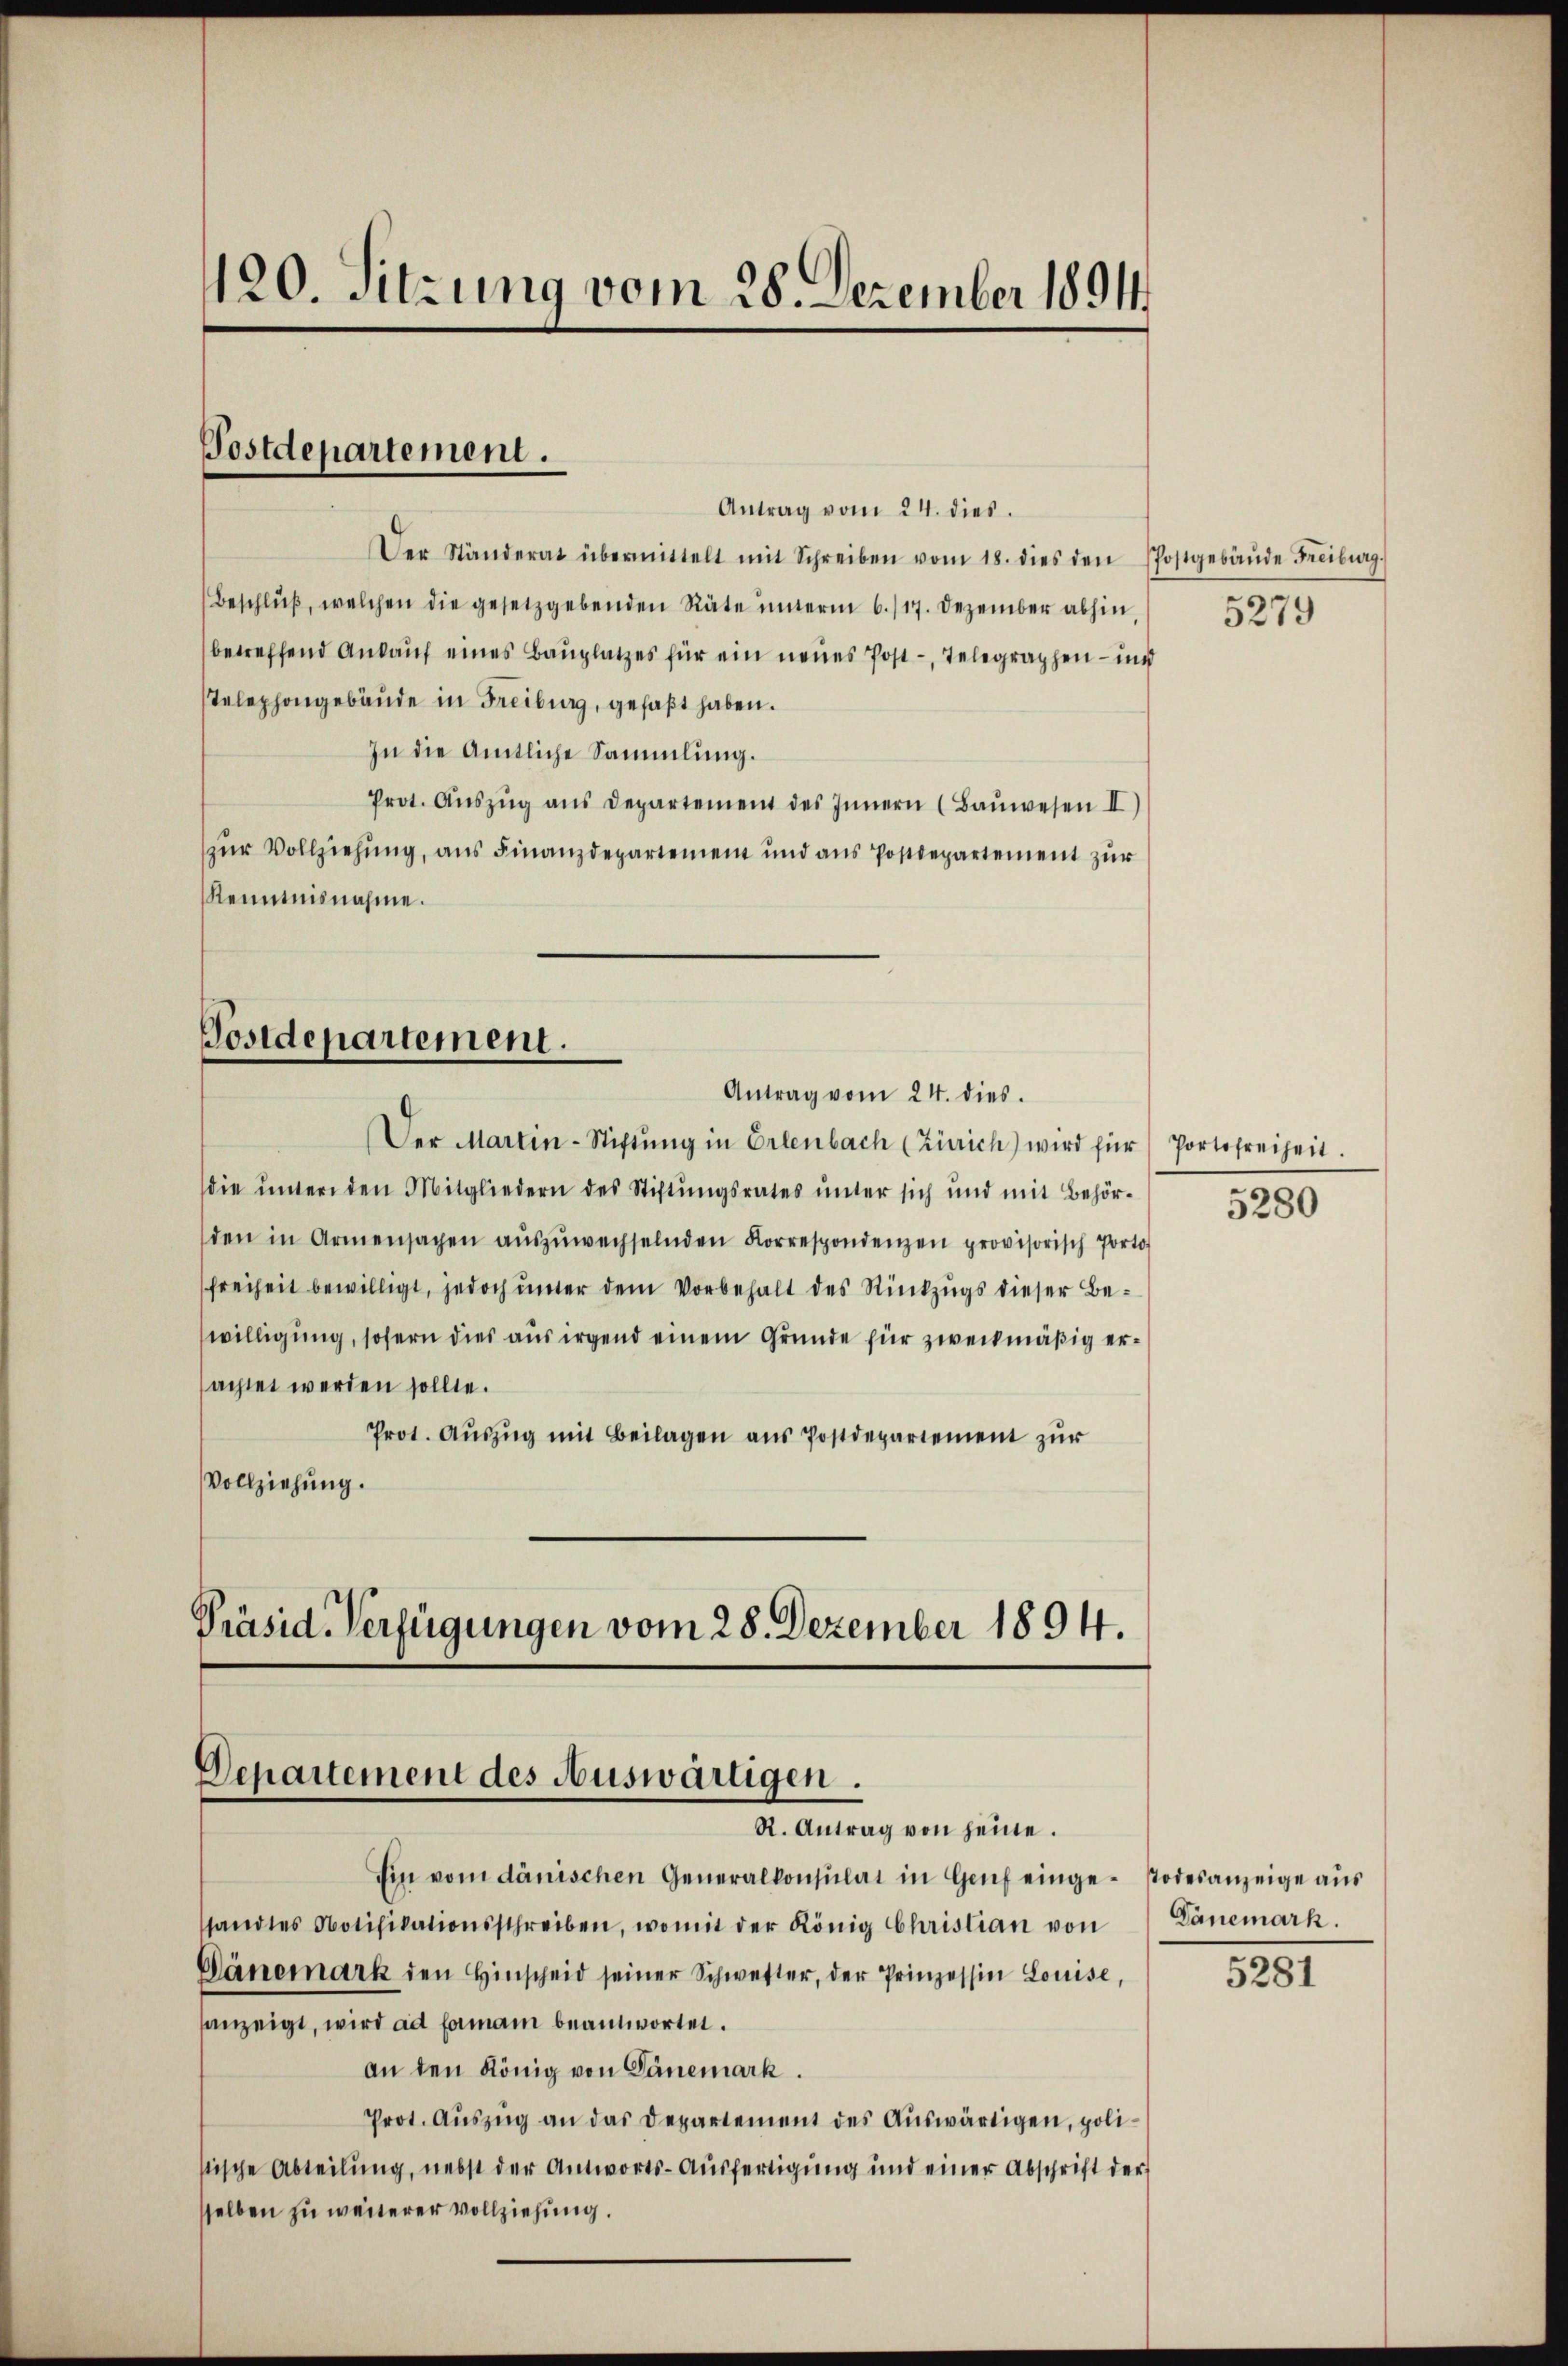
120. Sitzung vom 28. Dezember 1891

Postdepartement.

Antrag vom 24. dies
Der Ständerat übermittelt mit Schreiben vom 18. dies den Pfostgebäŭde Freiburg.
Beschlŭβ, welchen die gesetzgebenden Räte ŭnterm 6./17. Dezember abhin,
betreffend Ankauf eines Bauplatzes für ein neues Post-, Telegraphen – und
Telephongebäude in Freiburg, gefaßt haben.
In die Amtliche Sammlung.
Prot. Aŭszŭg ans Departement des Innern (Baŭwesen II)
(zur Vollziehung, aus Finanzdepartement und ans Postdepartement zur
Kenntnisnahme.

Der Martin-Stiftŭng in Erlenbach (Zürich) wird für Portofreiheit.
die unter den Mitgliedern des Stiftungsrates unter sich und mit Behörden in Armensachen aŭszŭwechselnden Korrespondenzen provisorisch Porto
Freiheit bewilligt, jedoch unter dem Vorbehalt des Rückzugs dieser Bewilligung, sofern dies aus irgend einem Grunde für zweckmäßig erachtet werden sollte.
Prot. Auszug mit Beilagen aus Postdepartement zur
Vollziehung.

Postdepartement.
Antrag vom 24. dies.

Präsid. Verfügungen vom 28. Dezember 1894.
Departement des Auswärtigen.
R. Antrag von seine.

Ein vom dänischen Generalkonsulat in Genf einge Todesanzeige aus
standtes Notifikationsschreiben, womit der König Christian von
Dänemark den Hinscheid seiner Schwetter, der Prinzessin Louise,
sanzeigt, wird ad formann beantwortet.
an den König von Dänemark.
Prot. Aŭszŭg an das Departement des Auswärtigen, polistische Abteilung, nebst der Antworts-Ausfertigung und einer Abschrift der
selben zu weiterer vollziehung.

5279

5280

Dänemark.

5281